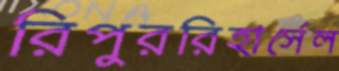
রিপুররিহার্সেল